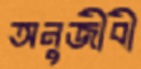
অনুজীবী